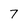
Character: 7